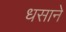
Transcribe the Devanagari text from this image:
धसाने